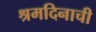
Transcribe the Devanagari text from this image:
श्रमदिनाची